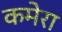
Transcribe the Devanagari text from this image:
कमेरा